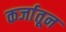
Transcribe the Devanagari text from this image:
कर्जातून